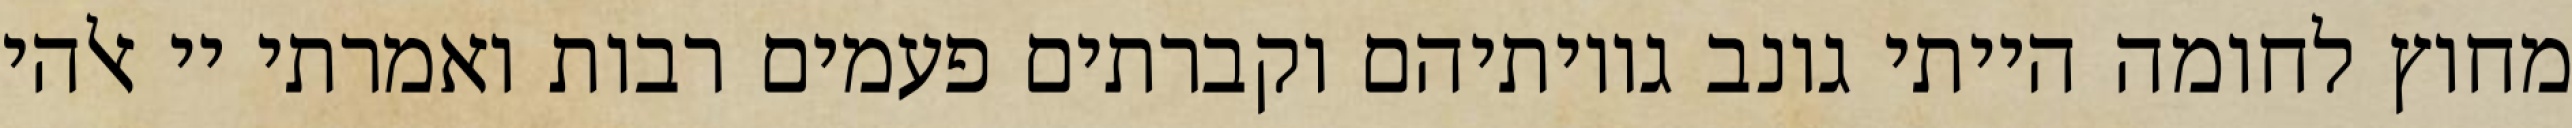
מחוץ לחומה הייתי גונב גויותיהם וקברתים פעמים רבות ואמרתי יי אלהי